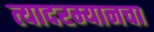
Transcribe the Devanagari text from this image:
त्यादरम्यानचा